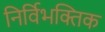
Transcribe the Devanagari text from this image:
निर्विभक्तिक